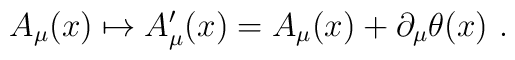
A_{\mu}(x)\mapsto     A'_{\mu}(x)=A_{\mu}(x)+\partial_{\mu}\theta(x) \ .